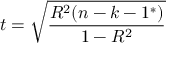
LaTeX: t = { \sqrt { \frac { R ^ { 2 } ( n - k - 1 ^ { * } ) } { 1 - R ^ { 2 } } } }